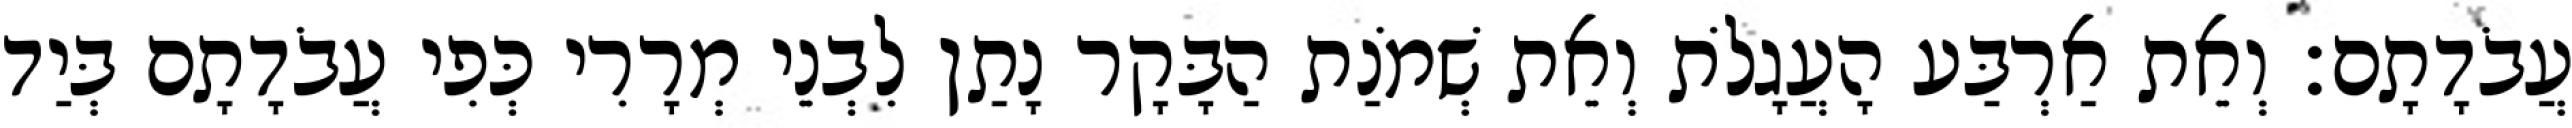
עֲבֹדָתָם׃ וְאֵת אַרְבַּע הָעֲגָלֹת וְאֵת שְׁמֹנַת הַבָּקָר נָתַן לִבְנֵי מְרָרִי כְּפִי עֲבֹדָתָם בְּיַד